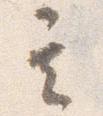
其